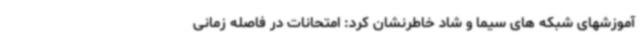
آموزشهای شبکه های سیما و شاد خاطرنشان کرد: امتحانات در فاصله زمانی